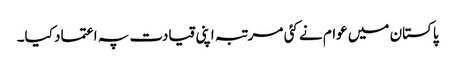
پاکستان میں عوام نے کئی مرتبہ اپنی قیادت پہ اعتماد کیا۔